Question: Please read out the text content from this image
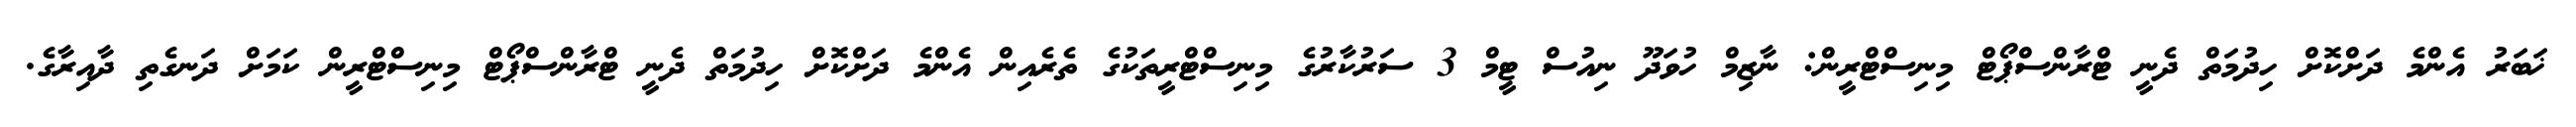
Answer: ޚަބަރު އެންމެ ދަށްކޮށް ހިދުމަތް ދެނީ ޓްރާންސްޕޯޓް މިނިސްޓްރީން: ނާޒިމް ހުވަދޫ ނިއުސް ޓީމް 3 ސަރުކާރުގެ މިނިސްޓްރީތަކުގެ ތެރެއިން އެންމެ ދަށްކޮށް ހިދުމަތް ދެނީ ޓްރާންސްޕޯޓް މިނިސްޓްރީން ކަމަށް ދަނގެތި ދާއިރާގެ.